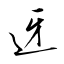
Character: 迓